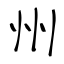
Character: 州